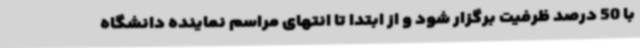
با 50 درصد ظرفیت برگزار شود و از ابتدا تا انتهای مراسم نماینده دانشگاه